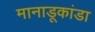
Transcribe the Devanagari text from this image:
मानाडूकांडा